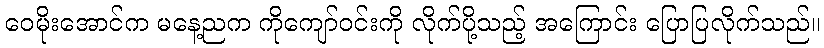
ဝေမိုးအောင်က မနေ့ညက ကိုကျော်ဝင်းကို လိုက်ပို့သည့် အကြောင်း ပြောပြလိုက်သည်။